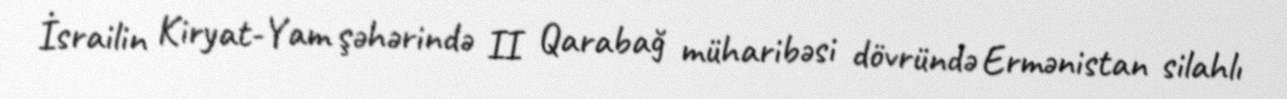
İsrailin Kiryat-Yam şəhərində II Qarabağ müharibəsi dövründə Ermənistan silahlı